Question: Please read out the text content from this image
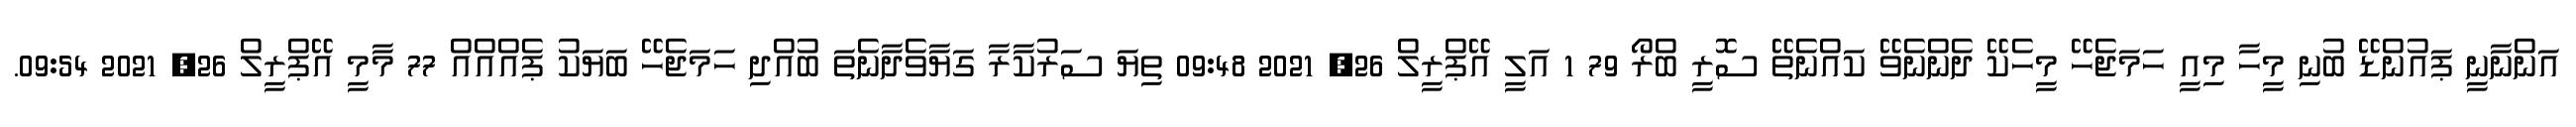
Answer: އަންނާނީ ޕައުންޑޭ ބުނި މީހާ މިއީ ހަމަޖެހޭ މީހެކޭ ދެންނެވޭ ކައްނެތޭ ސޮރީ ބްރޯ 79 1 އަލީ އޭޕްރީލް 26, 2021 09:48 ތިޔަ ސަރުކާރާ ގަޔާވެދާނެތަ ބުއްދި ހަމަޖެހޭ ބަޔަކު ޕެއްއްއް 77 މާމީ އޭޕްރީލް 26, 2021 09:54.